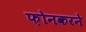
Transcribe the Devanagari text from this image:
फ़ोनकरने